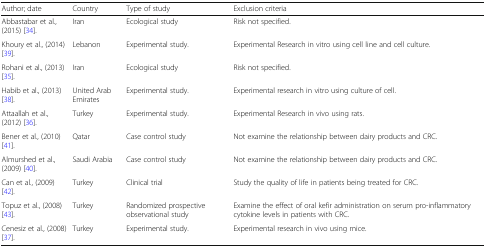
| Author; date | Country | Type of study | Exclusion criteria |
 | --- | --- | --- | --- |
 | Abbastabar et al., (2015) [34]. | Iran | Ecological study | Risk not specified. |
 | Khoury et al., (2014) [39]. | Lebanon | Experimental study. | Experimental Research in vitro using cell line and cell culture. |
 | Rohani et al., (2013) [35]. | Iran | Ecological study | Risk not specified. |
 | Habib et al., (2013) [38]. | United Arab Emirates | Experimental study. | Experimental research in vitro using culture of cell. |
 | Attaallah et al., (2012) [36]. | Turkey | Experimental study. | Experimental Research in vivo using rats. |
 | Bener et al., (2010) [41]. | Qatar | Case control study | Not examine the relationship between dairy products and CRC. |
 | Almurshed et al., (2009) [40]. | Saudi Arabia | Case control study | Not examine the relationship between dairy products and CRC. |
 | Can et al., (2009) [42]. | Turkey | Clinical trial | Study the quality of life in patients being treated for CRC. |
 | Topuz et al., (2008) [43]. | Turkey | Randomized prospective observational study | Examine the effect of oral kefir administration on serum pro-inflammatory cytokine levels in patients with CRC. |
 | Cenesiz et al., (2008) [37]. | Turkey | Experimental study. | Experimental research in vivo using mice. |